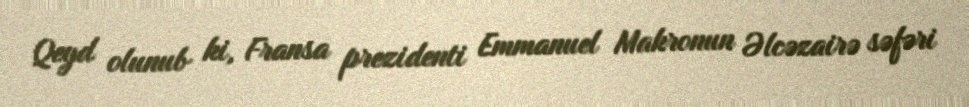
Qeyd olunub ki, Fransa prezidenti Emmanuel Makronun Əlcəzairə səfəri